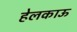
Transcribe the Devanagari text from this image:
हेलकाऊ